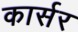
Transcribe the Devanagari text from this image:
कार्सर